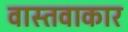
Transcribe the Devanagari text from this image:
वास्तवाकार